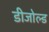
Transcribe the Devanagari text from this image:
डीजोल्ड